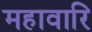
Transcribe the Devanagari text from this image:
महावारि